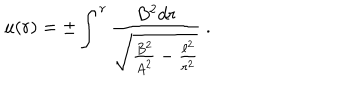
u ( r ) = \pm \int ^ { r } \frac { B ^ { 2 } d r } { \sqrt { \frac { B ^ { 2 } } { A ^ { 2 } } - \frac { \ell ^ { 2 } } { r ^ { 2 } } } } ~ .